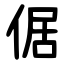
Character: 倨